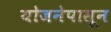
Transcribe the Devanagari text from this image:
योजनेपासून